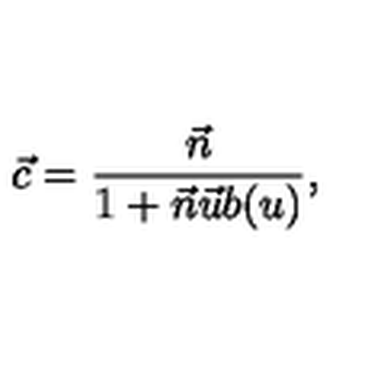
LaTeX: \vec { c } = \frac { \vec { n } } { 1 + \vec { n } \vec { u } b ( u ) } ,